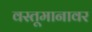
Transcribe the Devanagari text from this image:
वस्तूमानावर